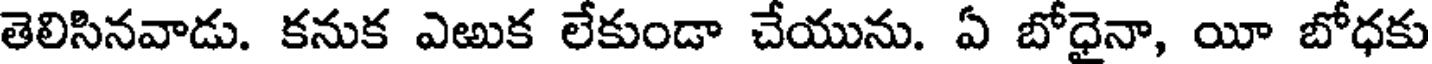
తెలిసినవాడు. కనుక ఎఱుక లేకుండా చేయును. ఏ బోధైనా, యీ బోధకు